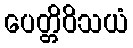
ပေတ္တိဝိသယံ